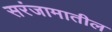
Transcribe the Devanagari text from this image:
सरंजामातील